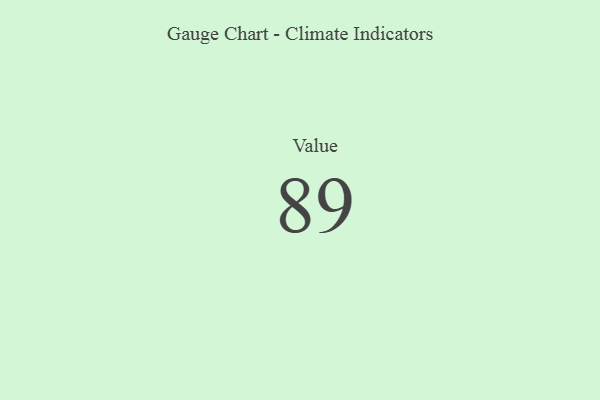
{"axis": {"x": "Metric", "y": "Value"}, "legend": [""], "data": [{"x": "Value", "y": 89, "type": ""}]}